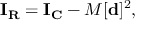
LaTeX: \mathbf { I } _ { \mathbf { R } } = \mathbf { I } _ { \mathbf { C } } - M [ \mathbf { d } ] ^ { 2 } ,